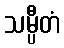
သမ္ပီတံ